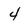
Character: 4